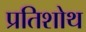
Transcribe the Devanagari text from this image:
प्रतिशोथ